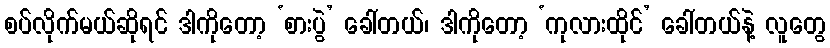
စပ်လိုက်မယ်ဆိုရင် ဒါကိုတော့ ‘စားပွဲ’ ခေါ်တယ်၊ ဒါကိုတော့ ‘ကုလားထိုင်’ ခေါ်တယ်နဲ့ လူတွေ